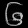
Digit: ၆